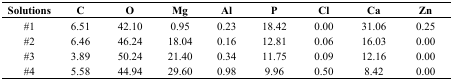
| Solutions | C | O | Mg | Al | P | Cl | Ca | Zn |
 | --- | --- | --- | --- | --- | --- | --- | --- | --- |
 | #1 | 6.51 | 42.10 | 0.95 | 0.23 | 18.42 | 0.00 | 31.06 | 0.25 |
 | #2 | 6.46 | 46.24 | 18.04 | 0.16 | 12.81 | 0.06 | 16.03 | 0.00 |
 | #3 | 3.89 | 50.24 | 21.40 | 0.34 | 11.75 | 0.09 | 12.16 | 0.00 |
 | #4 | 5.58 | 44.94 | 29.60 | 0.98 | 9.96 | 0.50 | 8.42 | 0.00 |